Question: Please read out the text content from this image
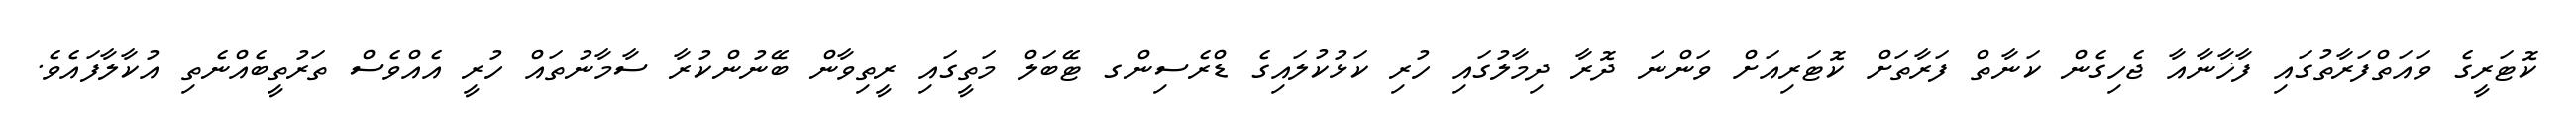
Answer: ކޮޓަރީގެ ވައަތްފަރާތުގައި ފާޚާނާއާ ޖެހިގެން ކަނާތް ފަރާތަށް ކޮޓަރިއަށް ވަންނަ ދޮރާ ދިމާލުގައި ހުރި ކަޅުކުލައިގެ ޑްރެސިންގ ޓޭބަލް މަތީގައި ރީތިވާން ބޭނުންކުރާ ސާމާނުތައް ހުރީ އެއްވެސް ތަރުތީބެއްނެތި އުކާލާފައެވެ.